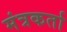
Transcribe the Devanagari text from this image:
मंत्रकर्ता